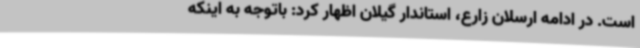
است. در ادامه ارسلان زارع، استاندار گیلان اظهار کرد: باتوجه به اینکه